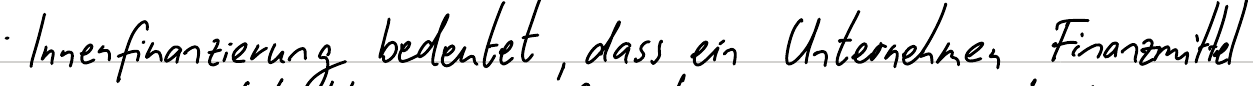
Innenfinanzierung bedeutet, dass ein Unternehmen Finanzmittel